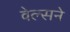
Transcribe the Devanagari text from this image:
वेल्सने